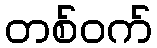
တစ်ဝက်